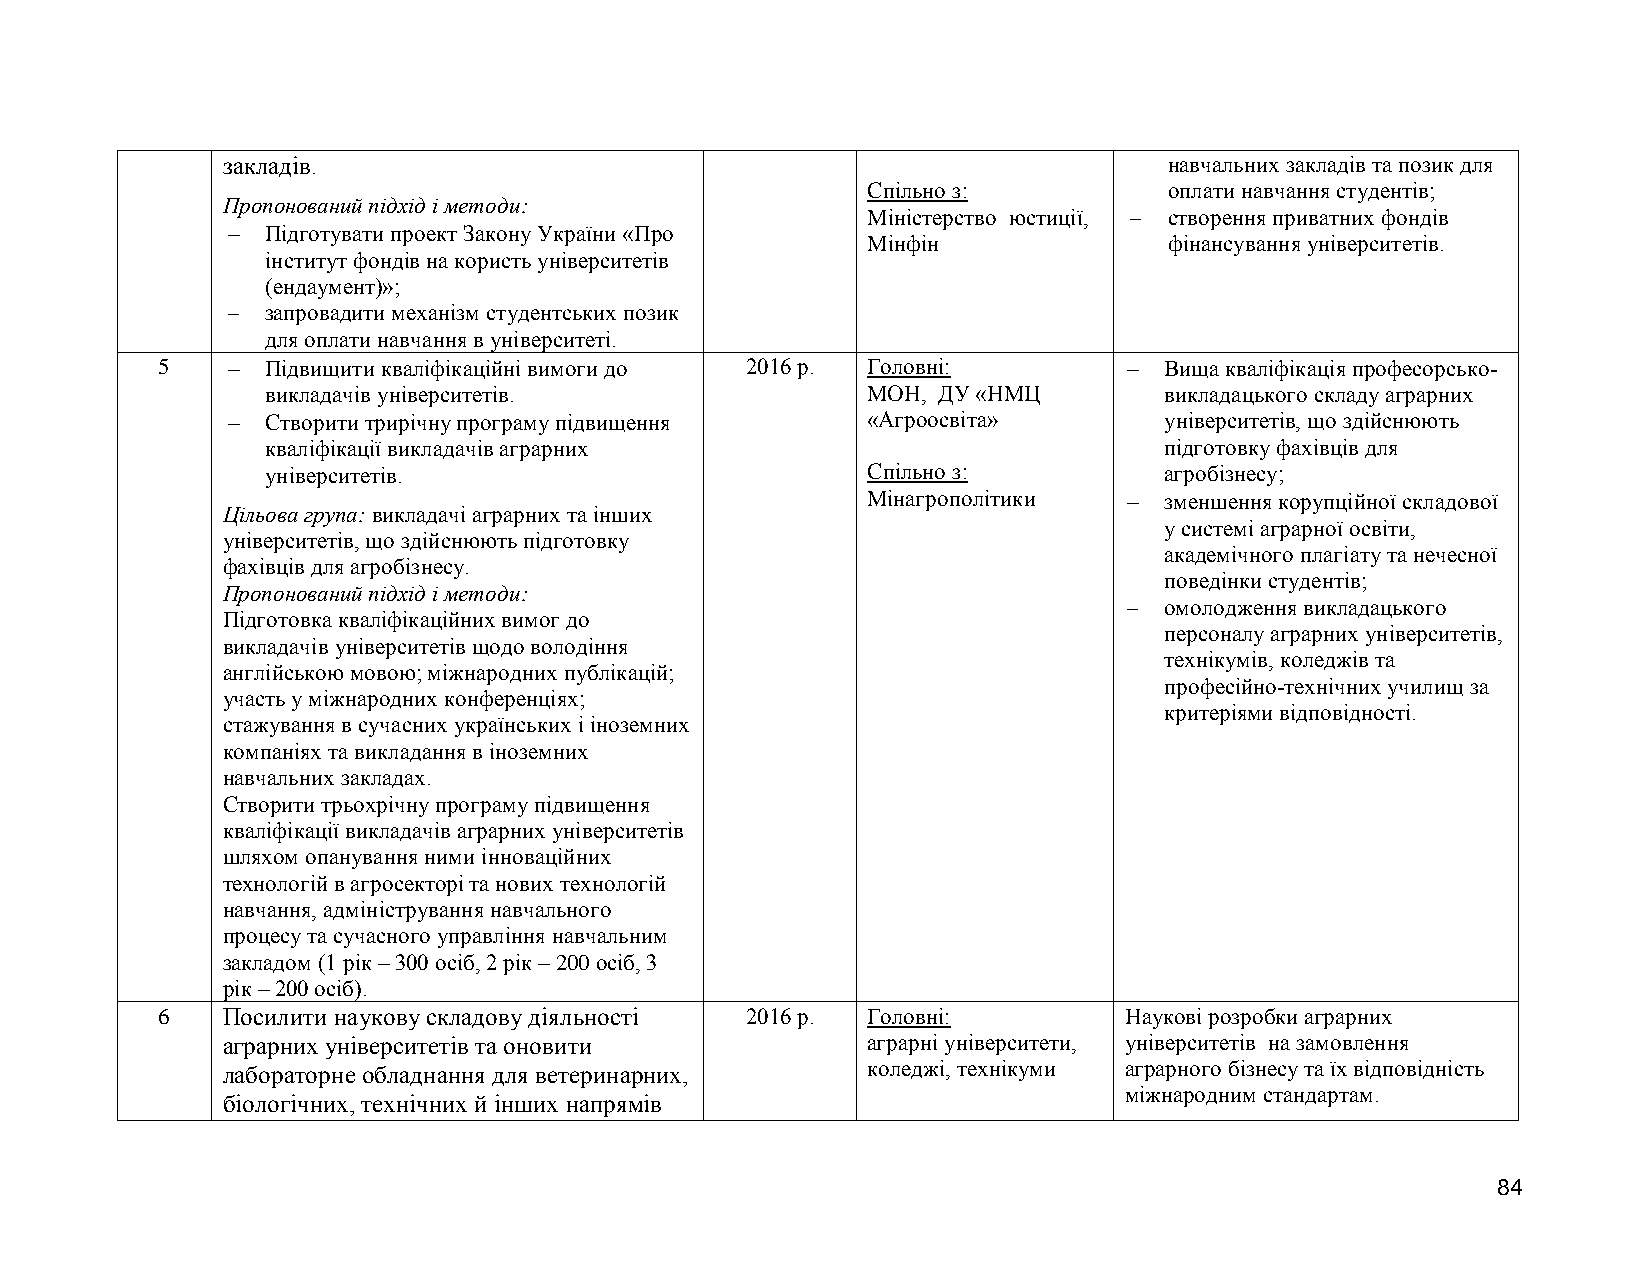
закладів.                                                     навчальних закладів та позик для
 Спільно з:          оплати навчання студентів;
 Пропонований підхід і методи:
 Міністерство юстиції,  створення приватних фондів
   Підготувати проект Закону України «Про
 Мінфін              фінансування університетів.
 інститут фондів на користь університетів
 (ендаумент)»;
   запровадити механізм студентських позик
 для оплати навчання в університеті.
 5      Підвищити кваліфікаційні вимоги до 2016 р. Головні:       Вища кваліфікація професорсько-
 викладачів університетів.              МОН, ДУ «НМЦ        викладацького складу аграрних
   Cтворити трирічну програму підвищення  «Агроосвіта»        університетів, що здійснюють
 кваліфікації викладачів аграрних                           підготовку фахівців для
 університетів.                         Спільно з:          агробізнесу;
 Мінагрополітики    зменшення корупційної складової
 Цільова група: викладачі аграрних та інших
 у системі аграрної освіти,
 університетів, що здійснюють підготовку
 академічного плагіату та нечесної
 фахівців для агробізнесу.
 поведінки студентів;
 Пропонований підхід і методи:
  омолодження викладацького
 Підготовка кваліфікаційних вимог до
 персоналу аграрних університетів,
 викладачів університетів щодо володіння
 технікумів, коледжів та
 англійською мовою; міжнародних публікацій;
 професійно-технічних училищ за
 участь у міжнародних конференціях;
 критеріями відповідності.
 стажування в сучасних українських і іноземних
 компаніях та викладання в іноземних
 навчальних закладах.
 Cтворити трьохрічну програму підвищення
 кваліфікації викладачів аграрних університетів
 шляхом опанування ними інноваційних
 технологій в агросекторі та нових технологій
 навчання, адміністрування навчального
 процесу та сучасного управління навчальним
 закладом (1 рік – 300 осіб, 2 рік – 200 осіб, 3
 рік – 200 осіб).
 6    Посилити наукову складову діяльності 2016 р. Головні:      Наукові розробки аграрних
 аграрних університетів та оновити         аграрні університети, університетів на замовлення
 лабораторне обладнання для ветеринарних,  коледжі, технікуми аграрного бізнесу та їх відповідність
 міжнародним стандартам.
 біологічних, технічних й інших напрямів
 84